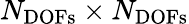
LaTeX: N_{\mathrm{DOFs}}\times N_{\mathrm{DOFs}}